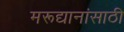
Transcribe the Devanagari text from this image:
मरूद्यानांसाठी